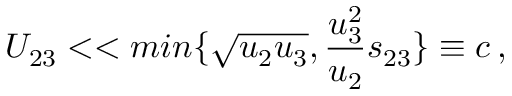
U _ { 2 3 } < < m i n \{ \sqrt { u _ { 2 } u _ { 3 } } , { \frac { u _ { 3 } ^ { 2 } } { u _ { 2 } } } s _ { 2 3 } \} \equiv c \, ,